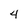
Character: 4